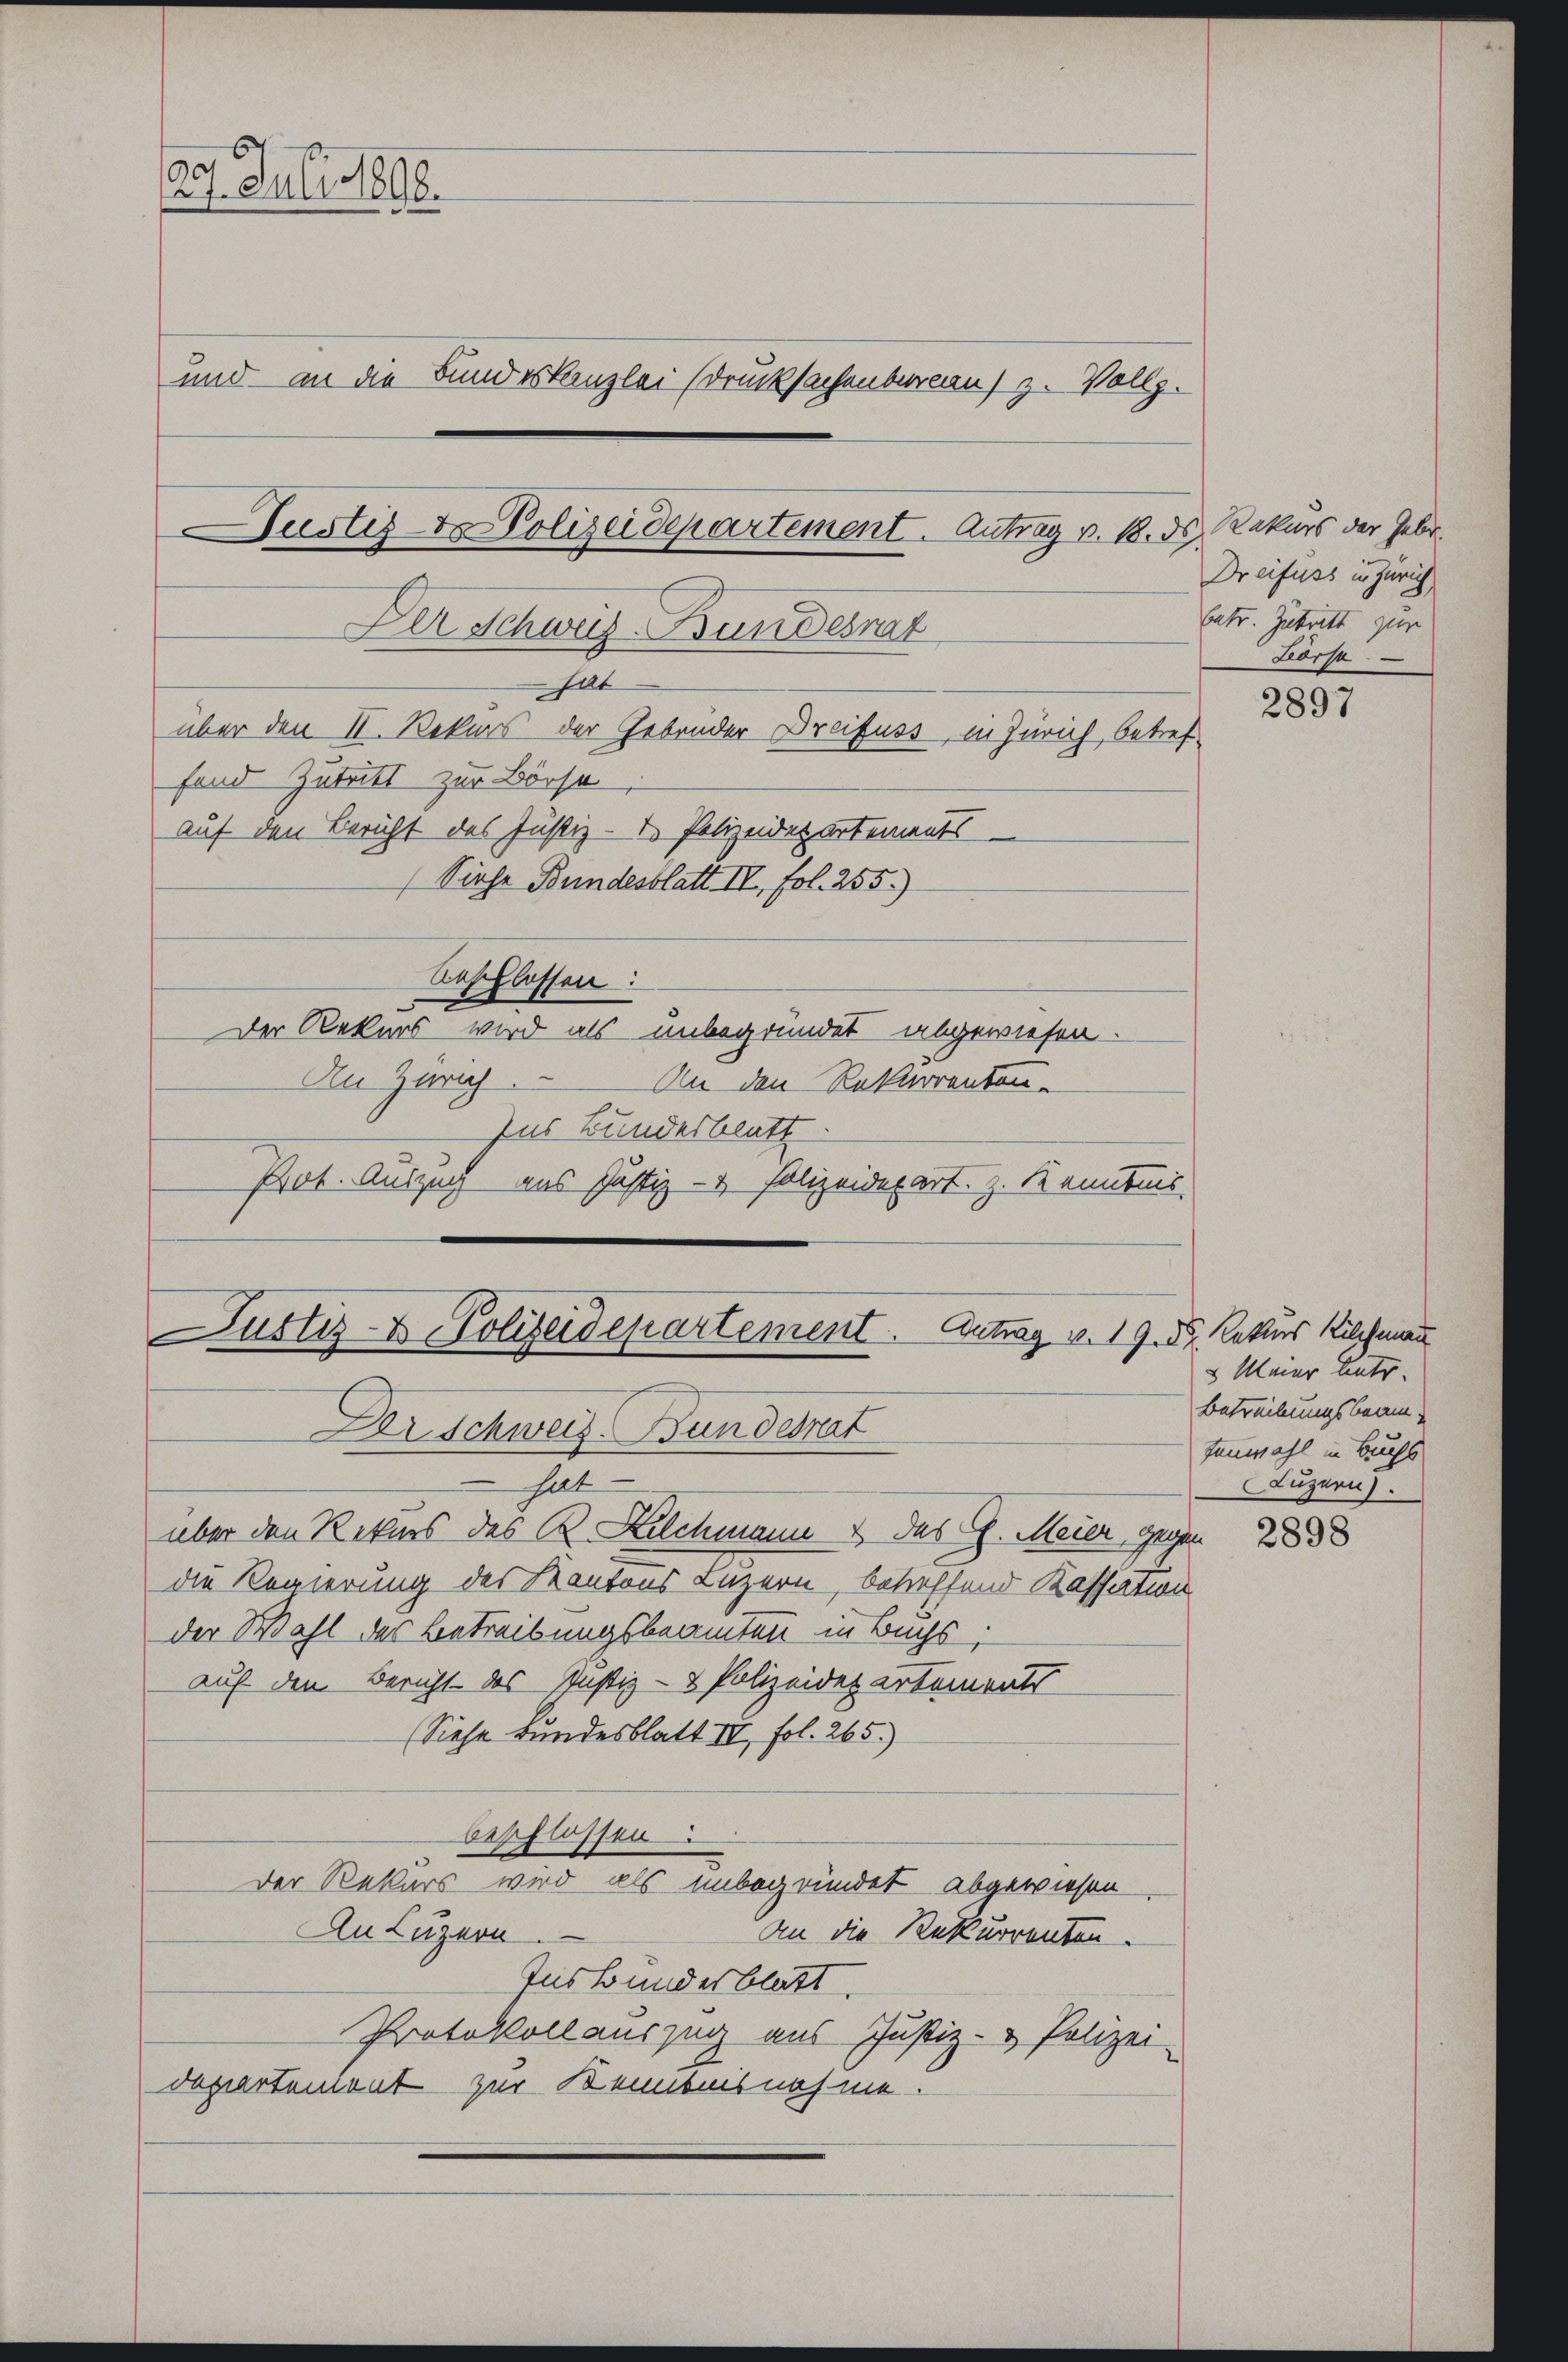
27. Juli 1898.
und - an die Bundeskanzlei Drucksachenbureau) z. Vollz.
Justiz- & Polizeidepartement. Antrag v. M. d
Der Schweiz. Bundesrat
hat
über den II. Rekurs der Gebrüder Dreifuss, in Zürich, betreffand Zutritt zur Börse
auf den Bericht des Justiz- & Polizeidepartements
(Siehe Bundesblatt IV, fol. 255.)
Anschlossen:
Der Rekurs wird als unbegründet abgewiesen

An Zürich. An den Rekurrenten-
Ins Bundesblatt.
Prot. Auszug aus Justiz- & Polizeidepart. Z. Kenntnis

Justiz- & Polizeidepartement. Antrag v. 19. d. Ketters Kilchmann
Dorschweiz. Bundesrat

hat
über den Rekurs des R. Kilchmann & das E. Meier, gegen
die Regierung des Kantons Luzern, betreffend Kassation
der Wahl des Betreibungsbeamten in Buchs,
auf den Bericht des Justiz- & Polizeidepartements
(Siehe Bundesblatt III, fol. 265.)
beschlossen.
Der Rekurs wird als unbegründet abgewiesen
An Luzern
An die Rekurrenten.
Ins Bundesblatt
Protokoll auszug aus Justiz- & Polizei-
departement zur Kenntnisnahme

Rekurs der Gebr.
Dreifuss in Zürich
betr. Zutritt zur
Lorp

Meier Antr
Betreibungsbeam
fenwahl in Buchs
Luzern).

2897

2898